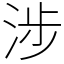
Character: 涉